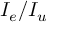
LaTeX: I _ { e } / I _ { u }